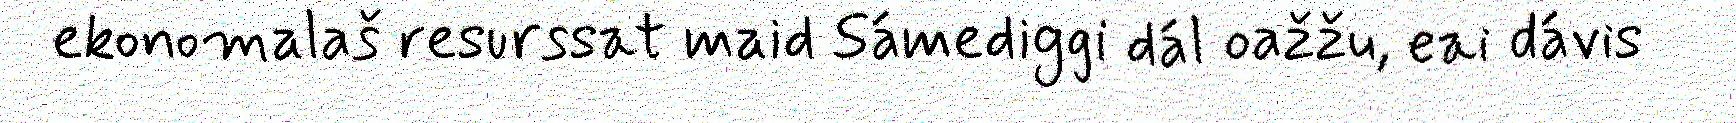
ekonomalaš resurssat maid Sámediggi dál oažžu, eai dávis